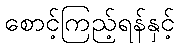
စောင့်ကြည့်ရန်နှင့်